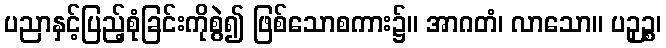
ပညာနှင့်ပြည့်စုံခြင်းကိုစွဲ၍ ဖြစ်သောစကား၌။ အာဂတံ၊ လာသော။ ပဉှဉ္စ၊